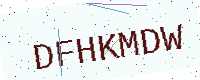
Text: DFHKMDW